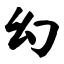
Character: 幻